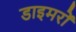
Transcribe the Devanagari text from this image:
डाइमरों